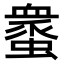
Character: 𧑸